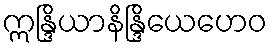
ဣန္ဒြိယာနိန္ဒြိယေဟေဝ